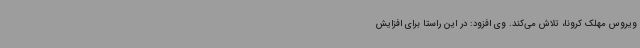
ویروس مهلک کرونا، تلاش می‌کند. وی افزود: در این راستا برای افزایش